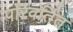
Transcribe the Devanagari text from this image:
परिवर्तिंत